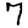
Digit: 7